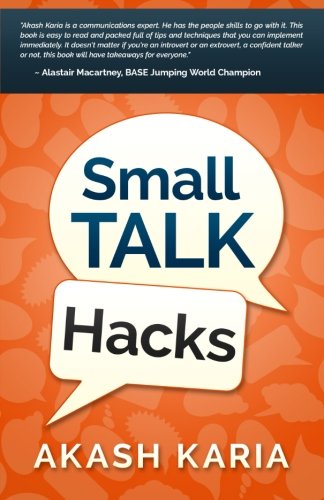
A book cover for Small Talk Hacks: The People and Communication Skills You Need to Talk to Anyone & Be Instantly Likeable; Akash Karia; Self-Help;